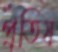
প্রতিষ